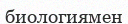
биологиямен